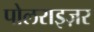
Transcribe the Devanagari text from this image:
पोलराइज़र